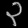
Digit: ၃